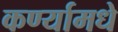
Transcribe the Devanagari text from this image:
कर्ण्यामधे